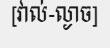
[វាល់-ល្ងាច]